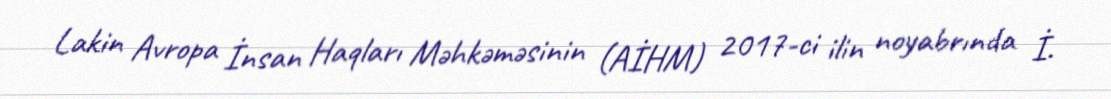
Lakin Avropa İnsan Haqları Məhkəməsinin (AİHM) 2017-ci ilin noyabrında İ.